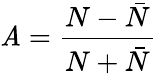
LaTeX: \mathit{A}=\frac{{N-\bar{{N}}}}{{N+\bar{{N}}}}